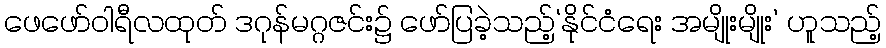
ဖေဖော်ဝါရီလထုတ် ဒဂုန်မဂ္ဂဇင်း၌ ဖော်ပြခဲ့သည့်‘နိုင်ငံရေး အမျိုးမျိုး’ ဟူသည့်